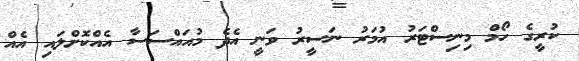
ކުރީގެ ހޯމް މިނިސްޓަރު އުމަރު ނަސީރު ވަނީ އެދެ މުއައްސަސާ އެއްކޮށްލައި އެއް